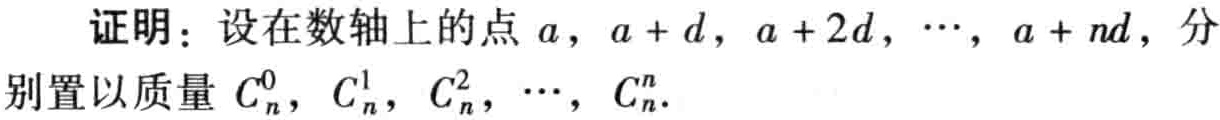
证明：设在数轴上的点\(a\)，\(a + d\)，\(a + 2d\)，\(\cdots\)，\(a + nd\)，分别置以质量\(C_{n}^{0}\)，\(C_{n}^{1}\)，\(C_{n}^{2}\)，\(\cdots\)，\(C_{n}^{n}\).